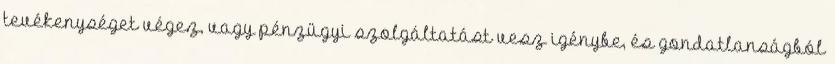
tevékenységet végez, vagy pénzügyi szolgáltatást vesz igénybe, és gondatlanságból